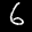
Label: 6